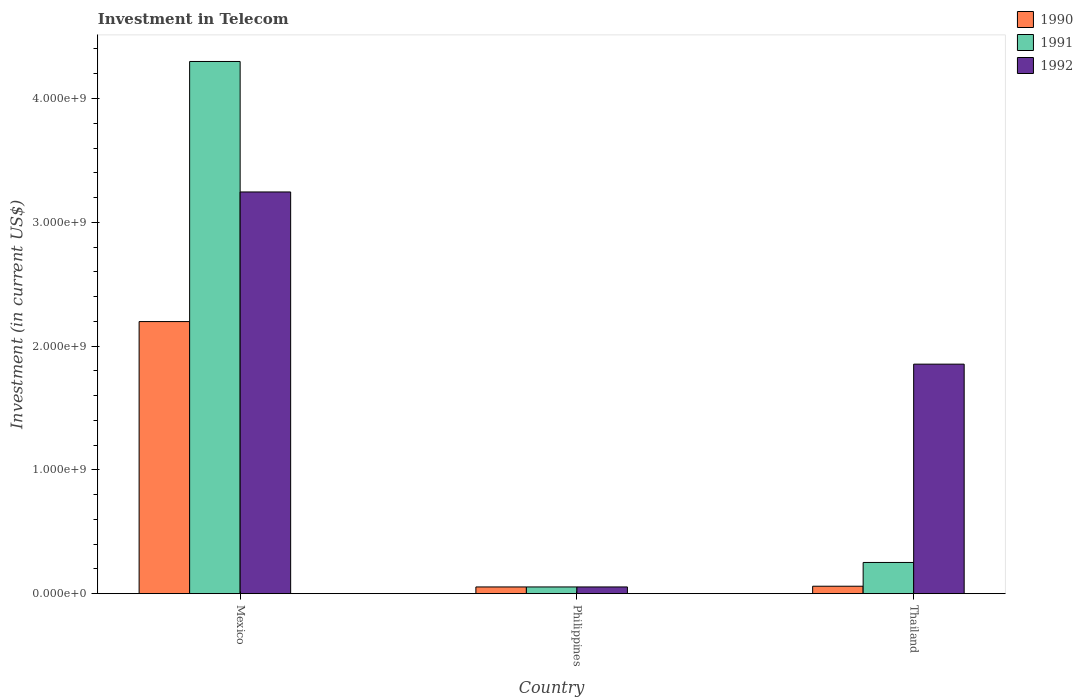
| Country | 1990 | 1991 | 1992 |
 | --- | --- | --- | --- |
 | Mexico | 2.2e+09 | 4.3e+09 | 3.24e+09 |
 | Philippines | 5.42e+07 | 5.42e+07 | 5.42e+07 |
 | Thailand | 6e+07 | 2.52e+08 | 1.85e+09 |